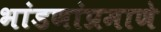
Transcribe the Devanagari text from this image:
भांडणांप्रमाणे